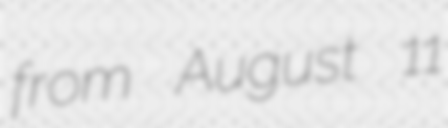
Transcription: from August 11